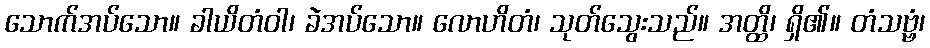
သောက်အပ်သော။ ခါယိတံဝါ၊ ခဲအပ်သော။ လောဟိတံ၊ သုတ်သွေးသည်။ အတ္ထိ၊ ရှိ၏။ တံသဗ္ဗံ၊